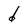
Character: d